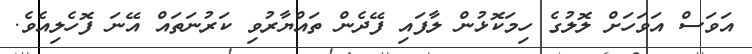
އަވަސް އަވަހަށް ލޮލުގެ ހިމަކޮޅުން ލާފައި ފޭދެން ތައްޔާރުވި ކަރުނަތައް އޭނަ ފޮހެލިއެވެ.